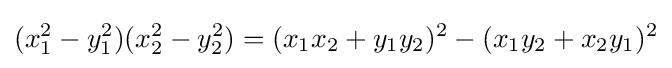
(x_{1}^{2}-y_{1}^{2})(x_{2}^{2}-y_{2}^{2})=(x_{1}x_{2}+y_{1}y_{2})^{2}-(x_{1}y_{2}+x_{2}y_{1})^{2}